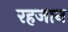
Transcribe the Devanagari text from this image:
रहजान